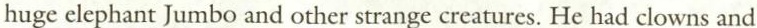
huge elephant Jumbo and other strange creatures. He had clowns and